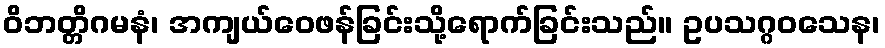
ဝိဘတ္တိဂမနံ၊ အကျယ်ဝေဖန်ခြင်းသို့ရောက်ခြင်းသည်။ ဥပသဂ္ဂဝသေန၊